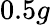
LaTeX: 0.5g